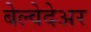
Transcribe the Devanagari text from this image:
बेल्वेदेअर